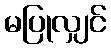
မပြုလျှင်